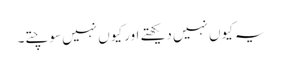
یہ کیوں نہیں دیکھتے اور کیوں نہیں سوچتے۔